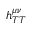
h _ { T T } ^ { \mu \nu }